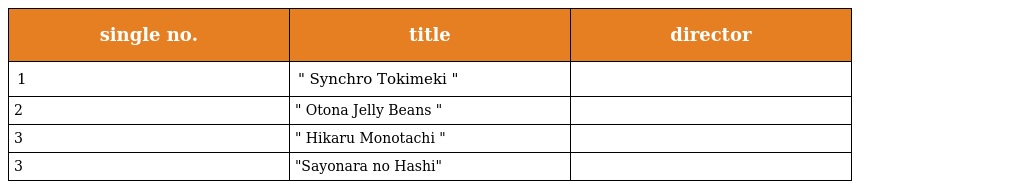
| single no. | title | director |
 | --- | --- | --- |
 | 1 | " Synchro Tokimeki " |  |
 | 2 | " Otona Jelly Beans " |  |
 | 3 | " Hikaru Monotachi " |  |
 | 3 | "Sayonara no Hashi" |  |